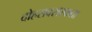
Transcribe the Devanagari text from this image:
दोहरावसरकता